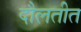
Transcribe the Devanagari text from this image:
दौलतीत